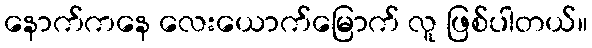
နောက်ကနေ လေးယောက်မြောက် လူ ဖြစ်ပါတယ်။